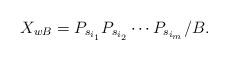
LaTeX: \begin{align*}X_{wB} = P_{s_{i_1}}P_{s_{i_2}}\cdots P_{s_{i_m}} / B.\end{align*}